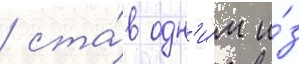
/ ста́в одн'и́м и́з